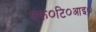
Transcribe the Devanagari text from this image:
एफ०टि०आइ०